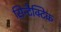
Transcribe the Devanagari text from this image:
सिन्टैक्टिक